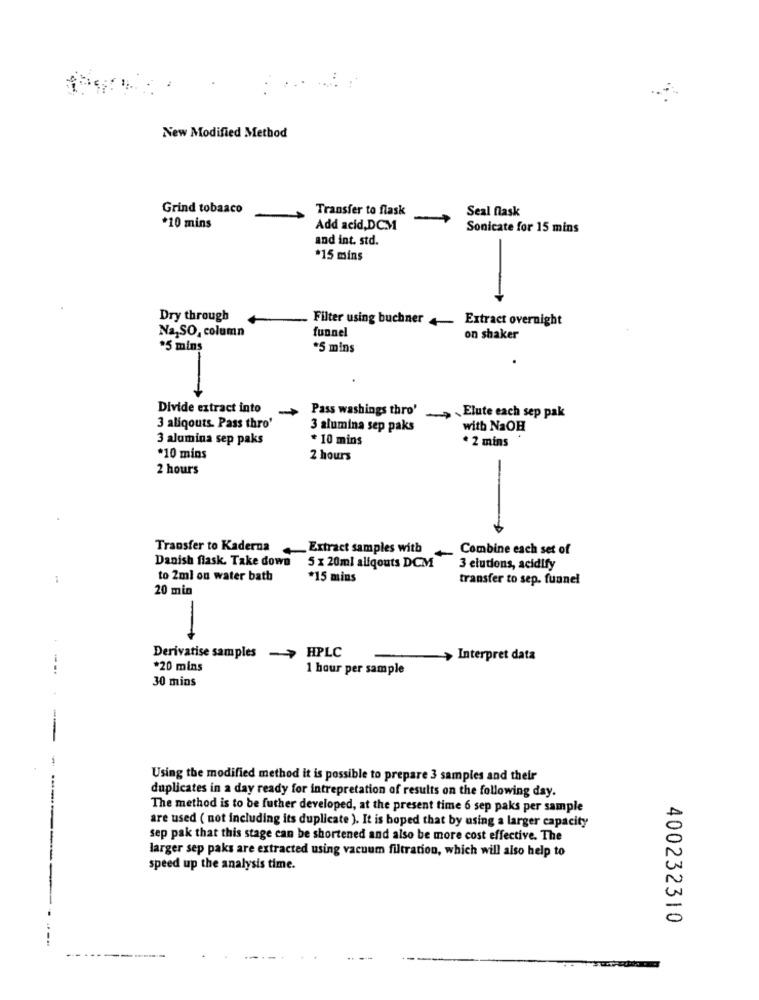
New Modified Method
Grind tobaaco
Transfer to flask
Seal flask
-
*10 mins
Add acid,DCM
Sonicate for 15 mins
and int. std.
-
*15 mins
Dry through
Filter using buchner 4-
Extract overnight
Na, SO, column
funnel
on shaker
*5 mins
*5 mins
Divide extract into
Pass washings thro'
~>, Elute each sep pak
3 aliqouts. Pass thro'
3 alumina sep paks
with NaOH
3 alumina sep paks
* 10 mins
* 2 mins
*10 mins
2 hours
2 hours
Transfer to Kaderna _ Extract samples with
Combine each set of
Danish flask. Take down 5 x 20ml aliqouts DCM
3 elutions, acidify
to 2ml on water bath
*15 mins
transfer to sep. funnel
20 min
-
HPLC
Derivatise samples
> Interpret data
-..
*20 mins
1 hour per sample
30 mins
Using the modified method it is possible to prepare 3 samples and their
duplicates in a day ready for intrepretation of results on the following day.
The method is to be futher developed, at the present time 6 sep paks per sample
are used ( not including its duplicate ). It is hoped that by using a larger capacity
sep pak that this stage can be shortened and also be more cost effective. The
larger sep paks are extracted using vacuum filtration, which will also help to
speed up the analysis time.
400232310